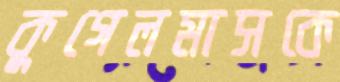
কুগেলমাসকে